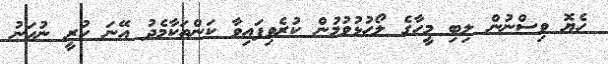
ހެޔޮ ވިސްނުން ލިބި މީހާގެ ލޯހުޅުވުމުން ކުރެވިފައިވާ ކަންތަކާމެދު އޭނަ ހުރީ ނުހަނު